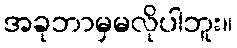
အခုဘာမှမလိုပါဘူး။